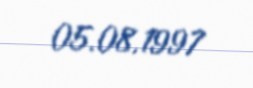
05.08.1997